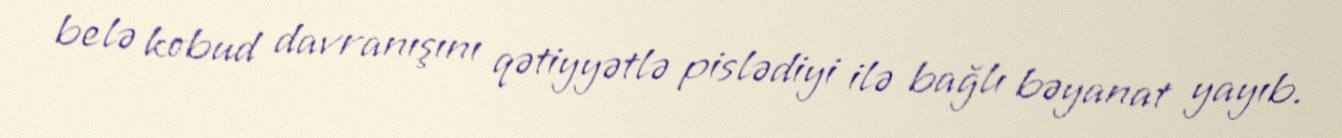
belə kobud davranışını qətiyyətlə pislədiyi ilə bağlı bəyanat yayıb.